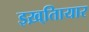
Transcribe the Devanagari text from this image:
इख़्तिायार